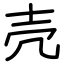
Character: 壳